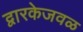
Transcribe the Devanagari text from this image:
द्वारकेजवळ